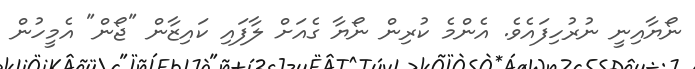
ނޯޔާއިނީ ނުރުހިފައެވެ. އެންމެ ކުރިން ނޯޔާ ގެއަށް ލާފައި ކައިޒާން "ޖޯން" އެމީހުން